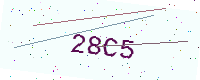
Text: 28C5